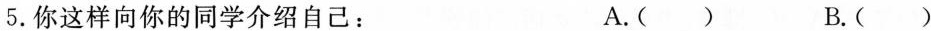
5.你这样向你的同学介绍自己： A.( ) B.( )